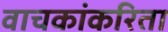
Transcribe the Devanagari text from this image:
वाचकांकरिता